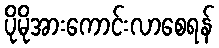
ပိုမိုအားကောင်းလာစေရန်